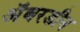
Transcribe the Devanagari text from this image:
अॅबरडीन